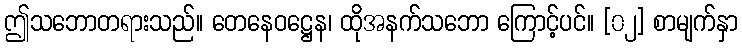
ဤသဘောတရားသည်။ တေနေဝဋ္ဌေန၊ ထိုအနက်သဘော ကြောင့်ပင်။ [၀၂] စာမျက်နှာ